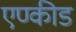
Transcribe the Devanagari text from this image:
एण्कीड